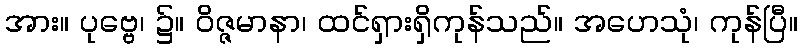
အား။ ပုဗ္ဗေ၊ ၌။ ဝိဇ္ဇမာနာ၊ ထင်ရှားရှိကုန်သည်။ အဟေသုံ၊ ကုန်ပြီ။